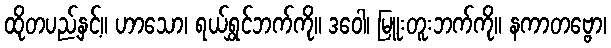
ထိုတပည့်နှင့်။ ဟာသော၊ ရယ်ရွှင်ဘက်ကို။ ဒဝေါ၊ မြူးတူးဘက်ကို။ နကာတဗ္ဗော၊